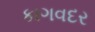
કાગવદર